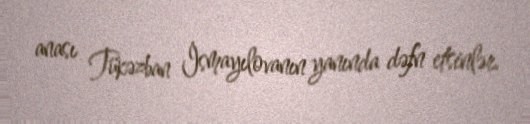
anası Tükəzban İsmayılovanın yanında dəfn etsinlər.